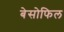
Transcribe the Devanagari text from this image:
बेसोफिल